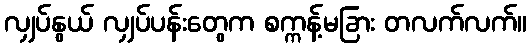
လျှပ်နွယ် လျှပ်ပန်းတွေက စက္ကန့်မခြား တလက်လက်။